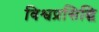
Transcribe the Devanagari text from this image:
विश्वप्रसिद्धि